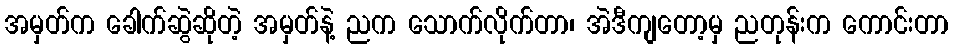
အမှတ်က ခေါက်ဆွဲဆိုတဲ့ အမှတ်နဲ့ ညက သောက်လိုက်တာ၊ အဲဒီကျတော့မှ ညတုန်းက ကောင်းတာ